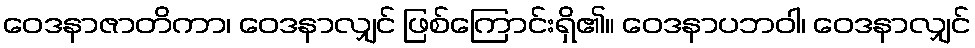
ဝေဒနာဇာတိကာ၊ ဝေဒနာလျှင် ဖြစ်ကြောင်းရှိ၏။ ဝေဒနာပဘဝါ၊ ဝေဒနာလျှင်